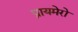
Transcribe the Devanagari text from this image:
प्रायमेरो